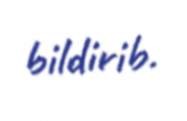
bildirib.